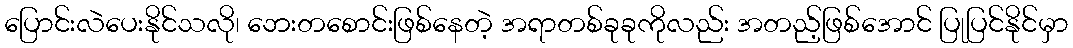
ပြောင်းလဲပေးနိုင်သလို၊ ဘေးတစောင်းဖြစ်နေတဲ့ အရာတစ်ခုခုကိုလည်း အတည့်ဖြစ်အောင် ပြုပြင်နိုင်မှာ